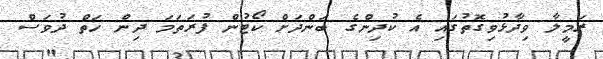
ރަމީލާ ވިދާޅުވިގޮތުގައި އެ ކުދިންގެ ބަންދަށް ކޯޓުން ފުރަތަމަ ދިން ހަތް ދުވަސް